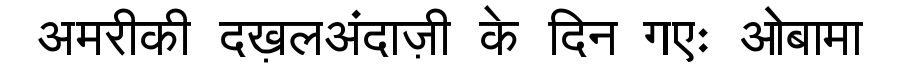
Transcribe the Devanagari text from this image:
अमरीकी दख़लअंदाज़ी के दिन गएः ओबामा